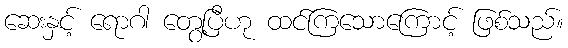
ဆေးနှင့် ရောဂါ တွေ့ပြီဟု ထင်ကြသောကြောင့် ဖြစ်သည်။